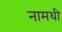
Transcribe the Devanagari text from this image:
नामथी